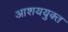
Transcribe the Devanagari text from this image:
आशययुक्त